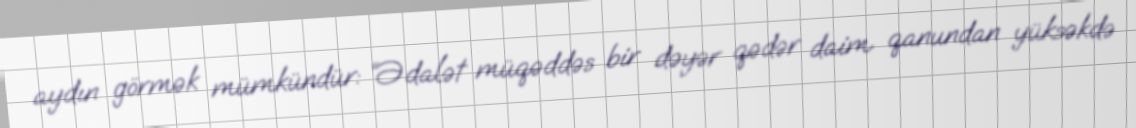
aydın görmək mümkündür: “Ədalət müqəddəs bir dəyər qədər daim qanundan yüksəkdə